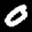
Label: 0